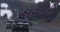
હારનની